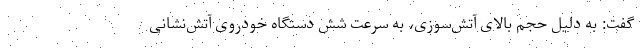
گفت: به‌ دلیل حجم بالای آتش‌سوزی، به‌ سرعت شش دستگاه خودروی آتش‌نشانی